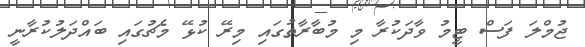
ޖުމްލަ ފަސް ޓީމު ވާދަކުރާ މި މުބާރާތުގައި މިރޭ ކުޅޭ މެޗުގައި ބައްދަލުކުރާނީ